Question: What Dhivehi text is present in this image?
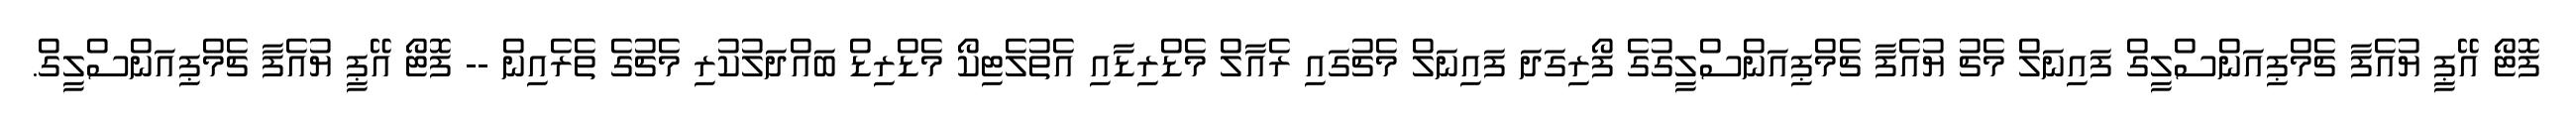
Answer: ފޮޓޯ އޭޕީ ޔުއެފާ ޗެމްޕިއަންސްލީގް ފައިނަލް މެޗު ޔުއެފާ ޗެމްޕިއަންސްލީގުގެ ފޯރިގަދަ ފައިނަލް މެޗުގައި ރެއާލް މެޑްރިޑާއި އެތުލެޓިކޯ މެޑްރިޑް ބައްދަލުކުރި މެޗުގެ ތެރެއިން -- ފޮޓޯ އޭޕީ ޔުއެފާ ޗެމްޕިއަންސްލީގް.